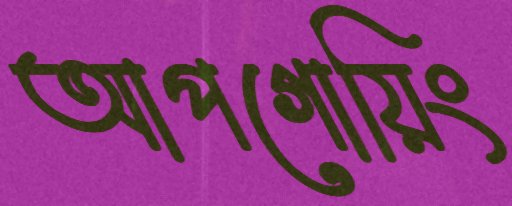
আপগোয়িং